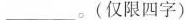
___。(仅限四字)